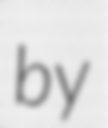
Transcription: by